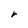
Character: r